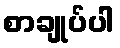
စာချုပ်ပါ